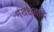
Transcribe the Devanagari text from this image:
नखक्षतादि